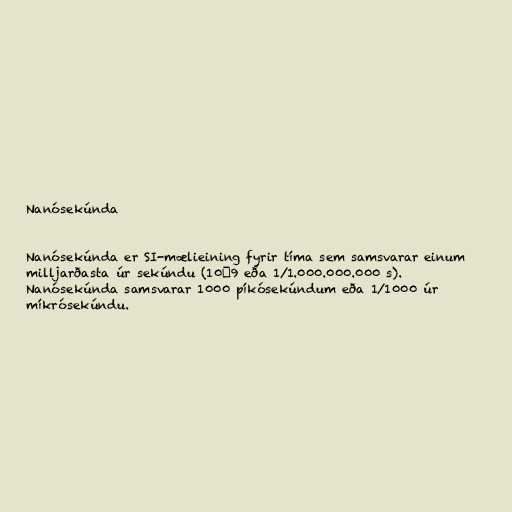
Nanósekúnda

Nanósekúnda er SI-mælieining fyrir tíma sem samsvarar einum
milljarðasta úr sekúndu (10−9 eða 1/1.000.000.000 s).
Nanósekúnda samsvarar 1000 píkósekúndum eða 1/1000 úr
míkrósekúndu.